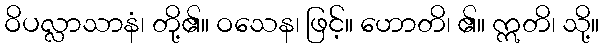
ဝိပလ္လာသာနံ၊ တို့၏။ ဝသေန၊ ဖြင့်။ ဟောတိ၊ ၏။ ဣတိ၊ သို့။